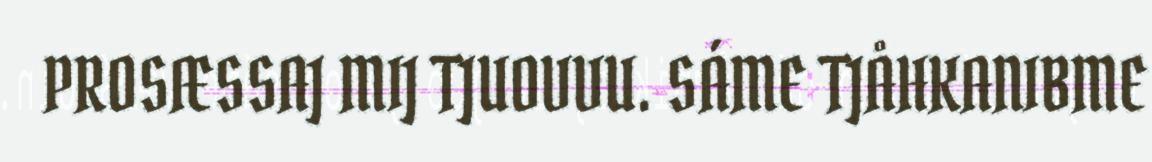
PROSÆSSAJ MIJ TJUOVVU. SÁME TJÅHKANIBME